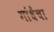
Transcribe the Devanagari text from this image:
गांधेंचा